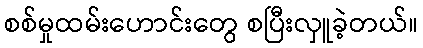
စစ်မှုထမ်းဟောင်းတွေ စပြီးလှူခဲ့တယ်။